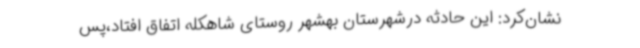
نشان‌کرد: این حادثه درشهرستان بهشهر روستای شاهکله اتفاق افتاد،پس